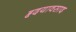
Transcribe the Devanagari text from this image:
हृदयावसाद